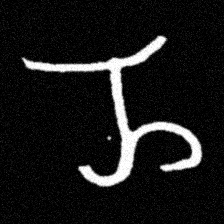
Pyu character \u2014 Myanmar letter: ည (romanized: nya)